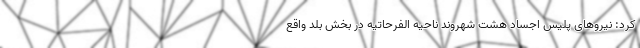
کرد: نیرو‌های پلیس اجساد هشت شهروند ناحیه الفرحاتیه در بخش بلد واقع